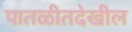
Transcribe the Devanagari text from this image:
पातळीतदेखील